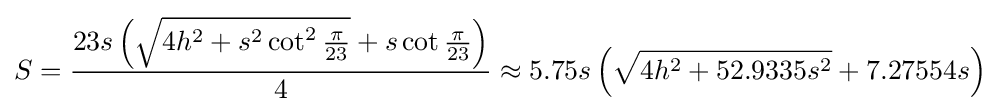
S={\frac {23s\left({\sqrt {4h^{2}+s^{2}\cot ^{2}{\frac {\pi }{23}}}}+s\cot {\frac {\pi }{23}}\right)}{4}}\approx 5.75s\left({\sqrt {4h^{2}+52.9335s^{2}}}+7.27554s\right)